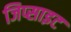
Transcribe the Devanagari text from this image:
जिप्साइट